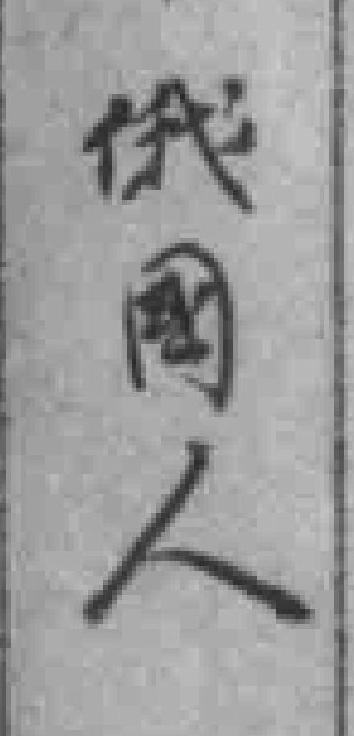
俄國人